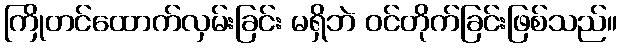
ကြိုတင်ထောက်လှမ်းခြင်း မရှိဘဲ ဝင်တိုက်ခြင်းဖြစ်သည်။